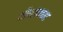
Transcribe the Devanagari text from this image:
थॉम्सनच्या